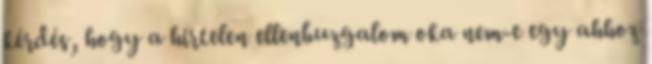
kérdés, hogy a hirtelen ellenbuzgalom oka nem-e egy ahhoz